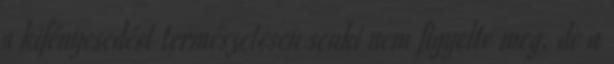
a kifényesedést természetesen senki nem figyelte meg, de a